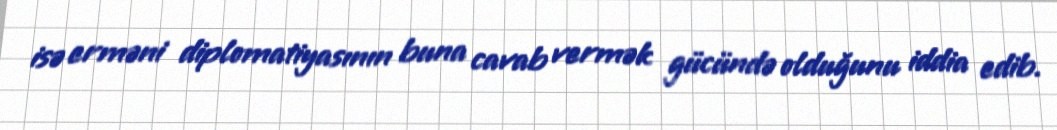
isə erməni diplomatiyasının buna cavab vermək gücündə olduğunu iddia edib.